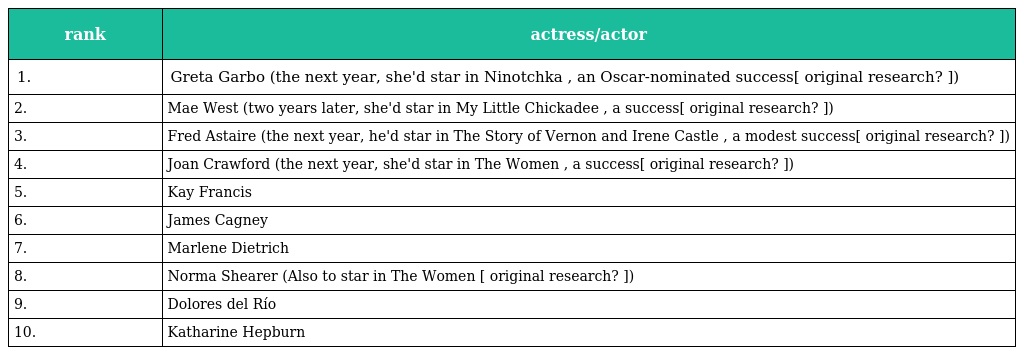
| rank | actress/actor |
 | --- | --- |
 | 1. | Greta Garbo (the next year, she'd star in Ninotchka , an Oscar-nominated success[ original research? ]) |
 | 2. | Mae West (two years later, she'd star in My Little Chickadee , a success[ original research? ]) |
 | 3. | Fred Astaire (the next year, he'd star in The Story of Vernon and Irene Castle , a modest success[ original research? ]) |
 | 4. | Joan Crawford (the next year, she'd star in The Women , a success[ original research? ]) |
 | 5. | Kay Francis |
 | 6. | James Cagney |
 | 7. | Marlene Dietrich |
 | 8. | Norma Shearer (Also to star in The Women [ original research? ]) |
 | 9. | Dolores del Río |
 | 10. | Katharine Hepburn |